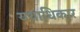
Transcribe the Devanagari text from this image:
यथाधिकार